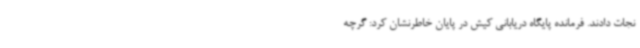
نجات دادند. فرمانده پایگاه دریابانی کیش در پایان خاطرنشان کرد: گرچه